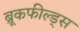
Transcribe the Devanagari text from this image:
ब्रूकफील्ड्स